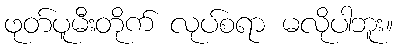
ဖုတ်ပူမီးတိုက် လုပ်စရာ မလိုပါဘူး။